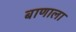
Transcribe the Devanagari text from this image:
बाणाला